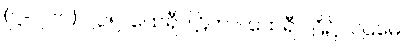
(ဋ္ဌ-၂၆၁) ၂၃၅၊ ထေရီပါဠိဟာ၊ ထေရီပါဠိ၌။ ပဌမေ၊